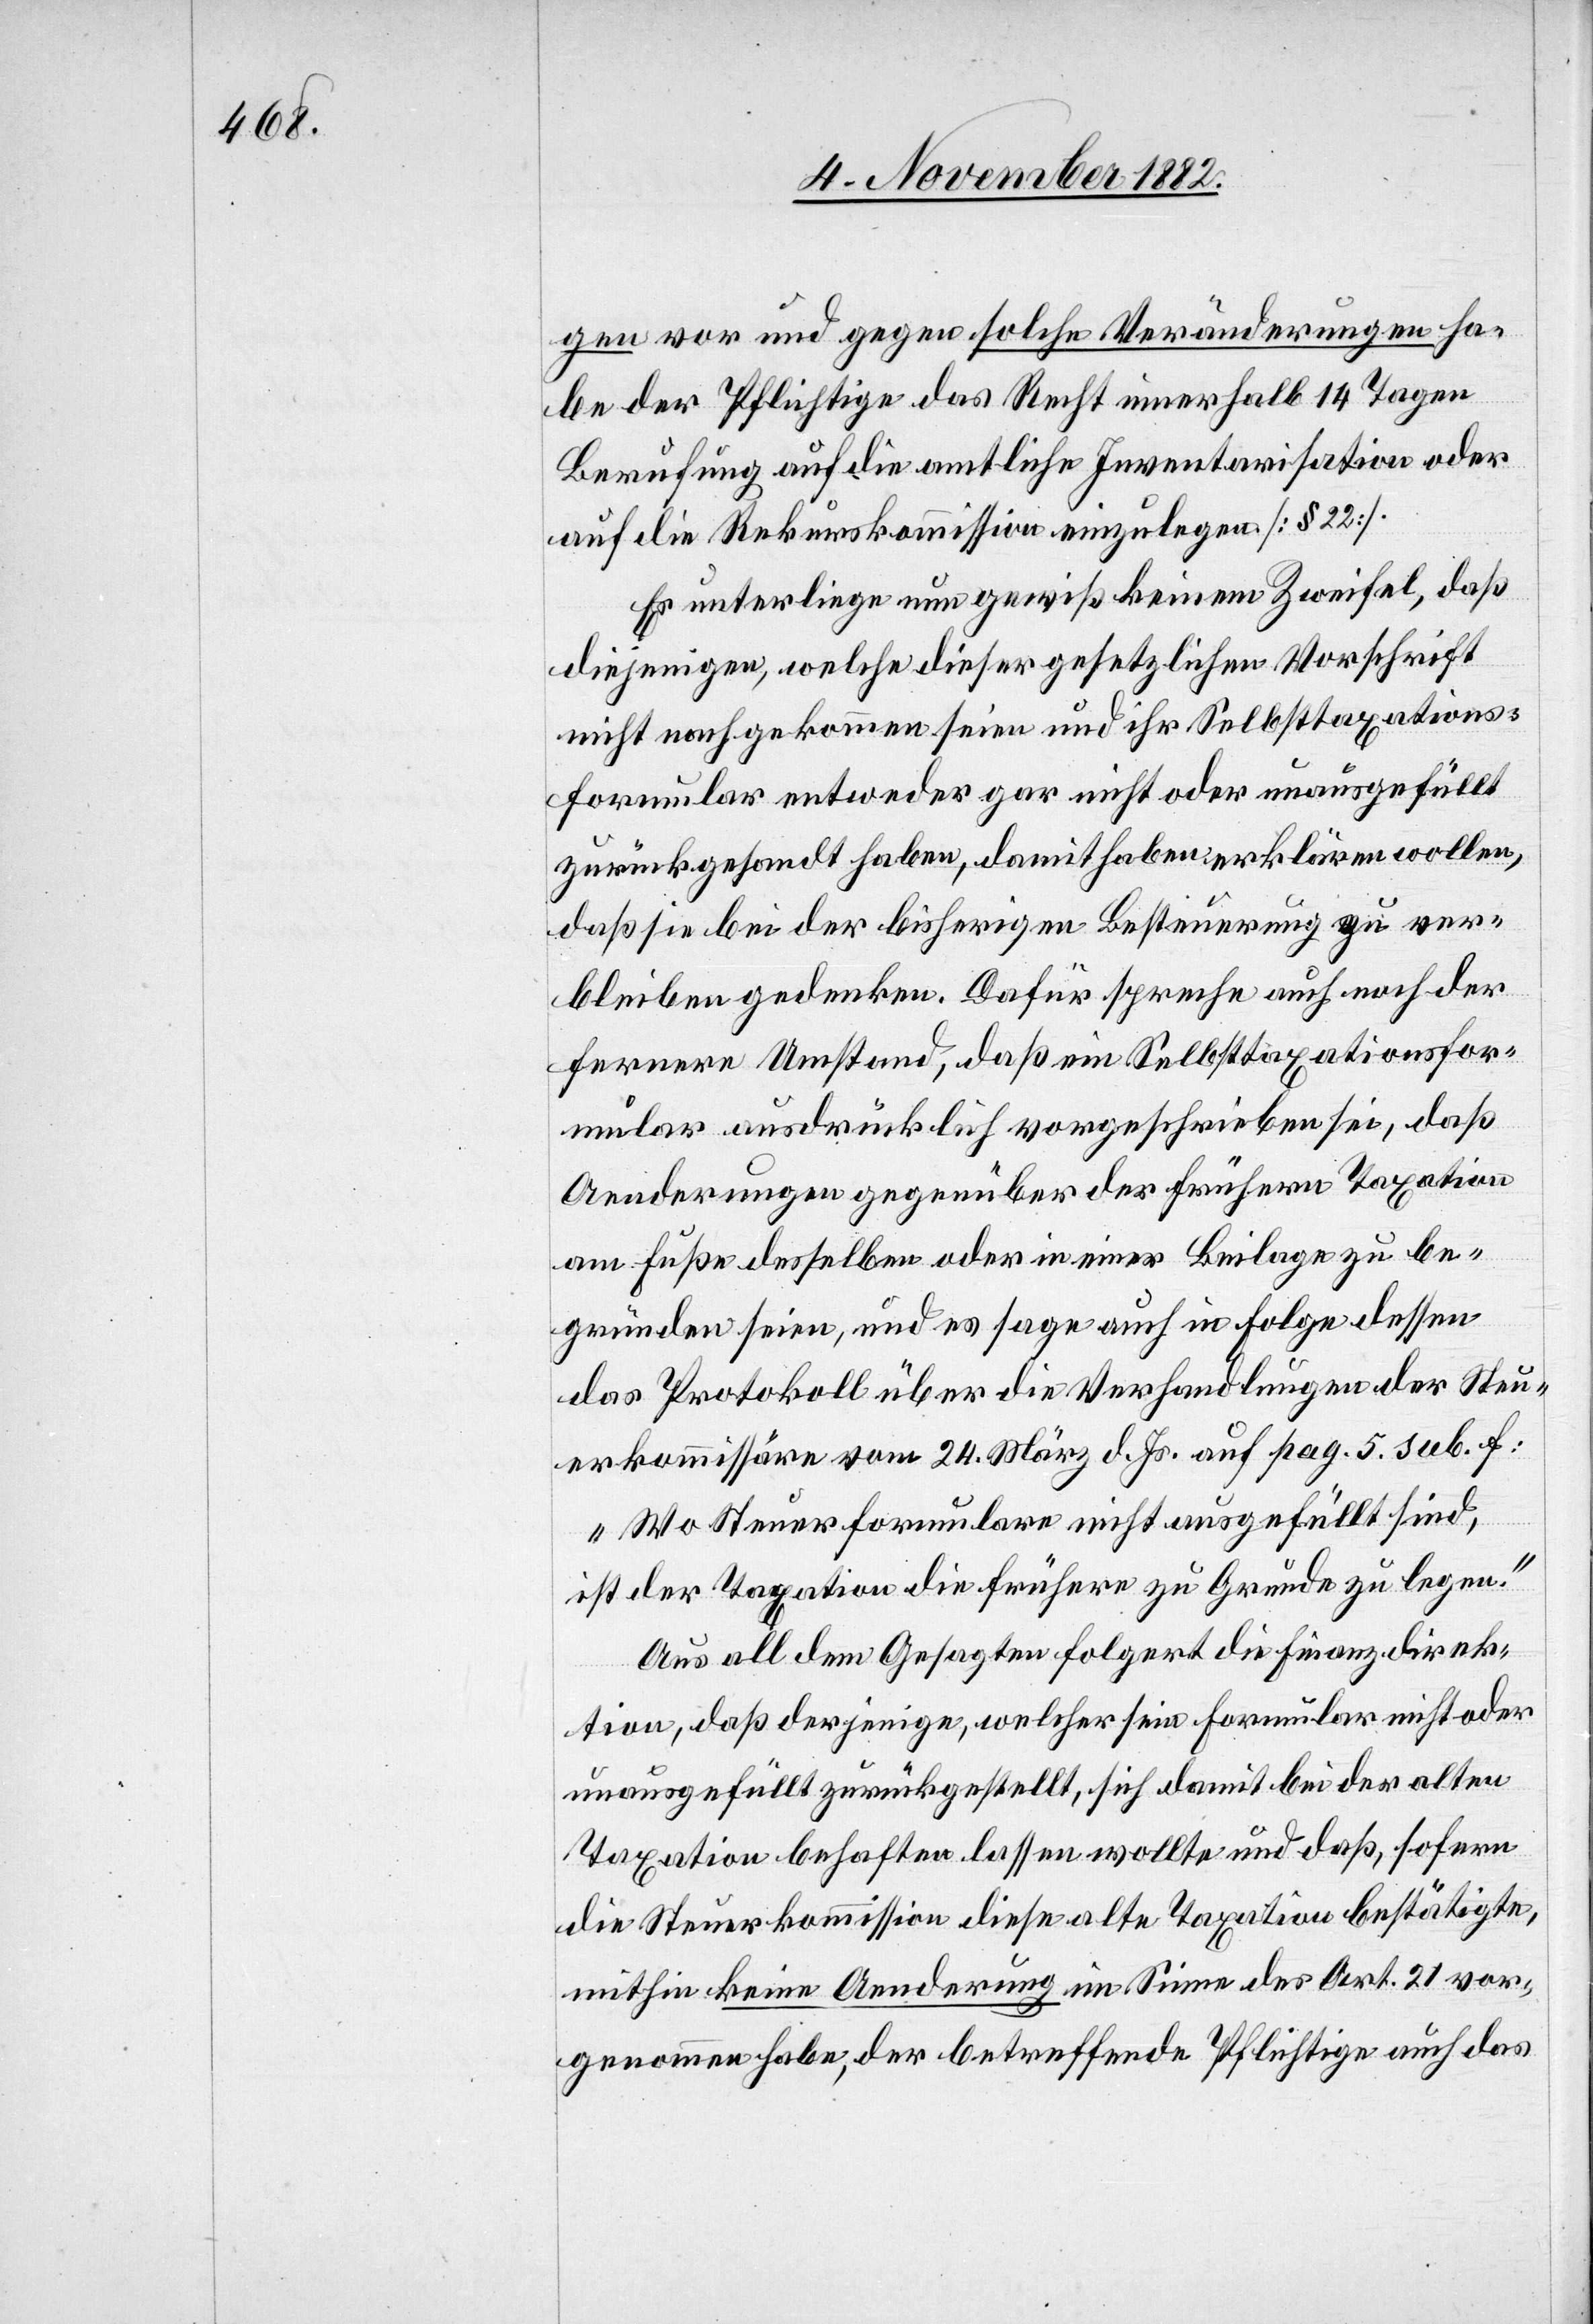
gen vor und gegen solche Veränderungen ha¬
be der Pflichtige das Recht innerhalb 14 Tagen
Berufung auf die amtliche Inventarisation oder
auf die Rekurskommission einzulegen [§ 22].
Es unterliege nun gewiß keinem Zweifel, daß
diejenigen, welche dieser gesetzlichen Vorschrift
nicht nachgekommen seien und ihr Selbsttaxations¬
formular entweder gar nicht oder unausgefüllt
zurückgesandt haben, damit haben erklärten wollen,
daß sie bei der bisherigen Besteuerung zu ver¬
bleiben gedenken. Dafür spreche auch noch der
fernere Umstand, daß ein Selbsttaxationsfor¬
mular ausdrücklich vorgeschrieben sei, daß
Aenderungen gegenüber der frühern Taxation
am Fuße desselben oder in einer Beilage zu be¬
gründen seien, und es sage auch in Folge dessen
das Protokoll über die Verhandlungen der Steu¬
erkommissäre vom 24. März d. Js. auf pag. 5 sub. f:
„Wo Steuerformulare nicht ausgefüllt sind,
ist der Taxation die frühere zu Grunde zu legen.“
Aus all dem Gesagten folgert die Finanzdirek¬
tion, daß derjenige, welcher sein Formular nicht oder
unausgefüllt zurückgestellt, sich damit bei der alten
Taxation behaften lassen wollte und daß, sofern
die Steuerkommission diese alte Taxation bestätigte,
mithin keine Aenderung im Sinne des Art. 21 vor¬
genommen habe, der betreffende Pflichtige auch das